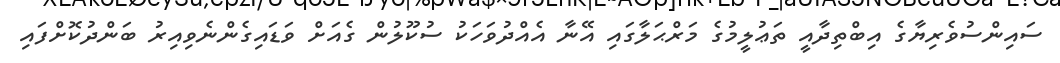
ސައިންސުވެރިޔާގެ އިބްތިދާއީ ތަޢުލީމުގެ މަރްޙަލާގައި އޭނާ އެއްދުވަހަކު ސުކޫލުން ގެއަށް ވަޑައިގެންނެވިއިރު ބަންދުކޮށްފައި